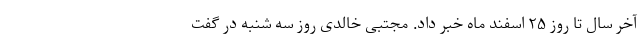
آخر سال تا روز ۲۵ اسفند ماه خبر داد. مجتبی خالدی روز سه شنبه در گفت